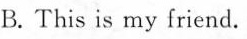
B. This is my friend.